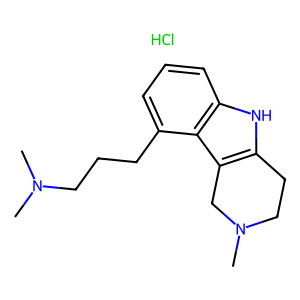
SMILES: CN(C)CCCc1cccc2[nH]c3c(c12)CN(C)CC3.Cl
Inhibits HIV replication: No